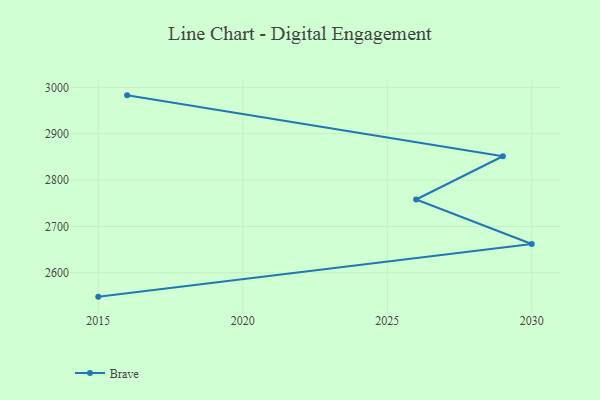
{"axis": {"x": "Year", "y": "Shipments"}, "legend": ["Brave"], "data": [{"x": "2015", "y": 2548.5, "type": "Brave"}, {"x": "2030", "y": 2662.2, "type": "Brave"}, {"x": "2026", "y": 2758.1, "type": "Brave"}, {"x": "2029", "y": 2851.4, "type": "Brave"}, {"x": "2016", "y": 2982.8, "type": "Brave"}]}